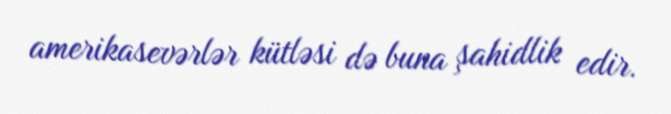
amerikasevərlər kütləsi də buna şahidlik edir.